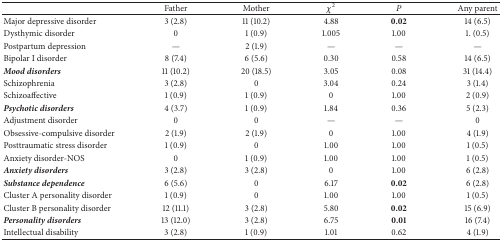
<table><thead><tr><td><b> </b></td><td><b>Father</b></td><td><b>Mother</b></td><td><b><i>χ</i><sup>2</sup></b></td><td><b><i>P</i></b></td><td><b>Any parent</b></td></tr></thead><tbody><tr><td>Major depressive disorder</td><td>3 (2.8)</td><td>11 (10.2)</td><td>4.88</td><td><b>0.02</b></td><td>14 (6.5)</td></tr><tr><td>Dysthymic disorder</td><td>0</td><td>1 (0.9)</td><td>1.005</td><td>1.00</td><td>1. (0.5)</td></tr><tr><td>Postpartum depression</td><td>—</td><td>2 (1.9)</td><td>—</td><td>—</td><td>—</td></tr><tr><td>Bipolar I disorder</td><td>8 (7.4)</td><td>6 (5.6)</td><td>0.30</td><td>0.58</td><td>14 (6.5)</td></tr><tr><td><b><i>Mood disorders</i></b></td><td>11 (10.2)</td><td>20 (18.5)</td><td>3.05</td><td>0.08</td><td>31 (14.4)</td></tr><tr><td>Schizophrenia</td><td>3 (2.8)</td><td>0</td><td>3.04</td><td>0.24</td><td>3 (1.4)</td></tr><tr><td>Schizoaffective </td><td>1 (0.9)</td><td>1 (0.9)</td><td>0</td><td>1.00</td><td>2 (0.9)</td></tr><tr><td><b><i>Psychotic disorders</i></b></td><td>4 (3.7)</td><td>1 (0.9)</td><td>1.84</td><td>0.36</td><td>5 (2.3)</td></tr><tr><td>Adjustment disorder</td><td>0</td><td>0</td><td>—</td><td>—</td><td>0</td></tr><tr><td>Obsessive-compulsive disorder</td><td>2 (1.9)</td><td>2 (1.9)</td><td>0</td><td>1.00</td><td>4 (1.9)</td></tr><tr><td>Posttraumatic stress disorder</td><td>1 (0.9)</td><td>0</td><td>1.00</td><td>1.00</td><td>1 (0.5)</td></tr><tr><td>Anxiety disorder-NOS</td><td>0</td><td>1 (0.9)</td><td>1.00</td><td>1.00</td><td>1 (0.5)</td></tr><tr><td><b><i>Anxiety disorders</i></b></td><td>3 (2.8)</td><td>3 (2.8)</td><td>0</td><td>1.00</td><td>6 (2.8)</td></tr><tr><td><b><i>Substance dependence</i></b></td><td>6 (5.6)</td><td>0</td><td>6.17</td><td><b>0.02</b></td><td>6 (2.8)</td></tr><tr><td>Cluster A personality disorder</td><td>1 (0.9)</td><td>0</td><td>1.00</td><td>1.00</td><td>1 (0.5)</td></tr><tr><td>Cluster B personality disorder</td><td>12 (11.1)</td><td>3 (2.8)</td><td>5.80</td><td><b>0.02</b></td><td>15 (6.9)</td></tr><tr><td><b><i>Personality disorders</i></b></td><td>13 (12.0)</td><td>3 (2.8)</td><td>6.75</td><td><b>0.01</b></td><td>16 (7.4)</td></tr><tr><td>Intellectual disability</td><td>3 (2.8)</td><td>1 (0.9)</td><td>1.01</td><td>0.62</td><td>4 (1.9)</td></tr></tbody></table>